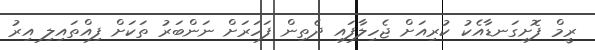
ރީމް ފޮށިގަނޑާއެކު ކުރިއަށް ޖެހިލާފައި ދެތިން ފަހަރަށް ނަންބަރު ތަކަށް ފިއްތައިލި އިރު